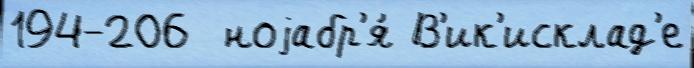
194-206  ноjабр'я́ В'ик'исклад'е